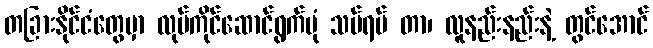
တခြားနိုင်ငံတွေမှာ လုပ်ကိုင်ဆောင်ရွက်ပုံ သပ်ရပ် တာ၊ လူနည်းနည်းနဲ့ တွင်အောင်